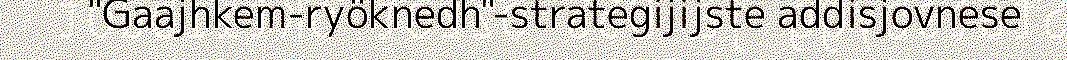
"Gaajhkem-ryöknedh"-strategijijste addisjovnese